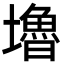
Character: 𡓇